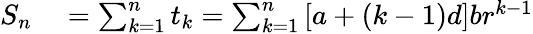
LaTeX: \begin{array}{rl}{S_{n}}&{{}=\sum_{k=1}^{n}t_{k}=\sum_{k=1}^{n}\left[a+(k-1)d\right]br^{k-1}}\end{array}